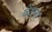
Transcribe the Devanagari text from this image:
बेटला